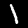
Label: 1